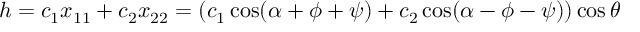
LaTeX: h = c _ { 1 } x _ { 1 1 } + c _ { 2 } x _ { 2 2 } = ( c _ { 1 } \cos ( \alpha + \phi + \psi ) + c _ { 2 } \cos ( \alpha - \phi - \psi ) ) \cos \theta